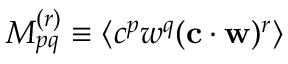
M _ { p q } ^ { ( r ) } \equiv \langle c ^ { p } w ^ { q } ( \mathbf { c } \cdot \mathbf { w } ) ^ { r } \rangle